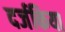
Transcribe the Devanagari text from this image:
दर्जकिया